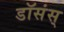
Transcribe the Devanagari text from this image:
डॉसंस्